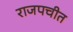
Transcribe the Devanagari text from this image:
राजपचीत